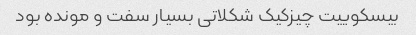
بیسکوییت چیزکیک شکلاتی بسیار سفت و مونده بود